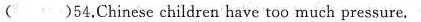
( )54.Chinese children have too much pressure.